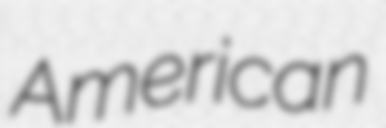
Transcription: American